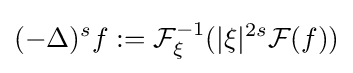
(-\Delta )^{s}f:={\mathcal {F}}_{\xi }^{-1}(|\xi |^{2s}{\mathcal {F}}(f))